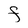
Character: F